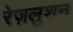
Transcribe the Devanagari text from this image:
रेज़लुशन